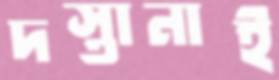
দস্তানাই